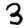
Digit: 3